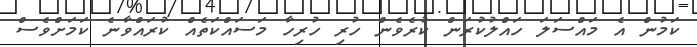
ކަމުން އެ މައްސަލަ ހައްލުކުރަން ކުރެވެން ހުރި ހުރިހާ މަސައްކަތެއް ކުރައްވާނެ ކަމަށްވެސް